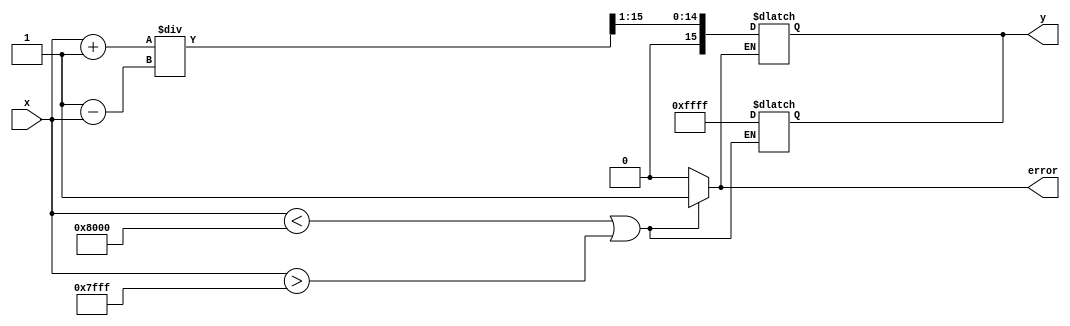
module atanh (
    input wire [15:0] x,      // Input value (fixed-point representation)
    output reg [15:0] y,      // Output value (fixed-point representation)
    output reg error          // Error flag for out-of-range input
);

    // Internal signals
    wire [15:0] one_plus_x;
    wire [15:0] one_minus_x;
    wire [15:0] z;            // z = (1 + x) / (1 - x)
    wire [15:0] ln_z;         // ln(z)
    wire [15:0] half_ln_z;    // (1/2) * ln(z)

    // Range check
    always @(*) begin
        if (x < 16'h8000 || x > 16'h7FFF) begin // Check if x is in (-1, 1)
            error = 1;
            y = 16'hFFFF; // Return NaN or predefined value
        end else begin
            error = 0;
        end
    end

    // Compute 1 + x and 1 - x
    assign one_plus_x = x + 16'h0001; // 1 + x
    assign one_minus_x = 16'h0001 - x; // 1 - x

    // Division: z = (1 + x) / (1 - x)
    // Note: This is a simple implementation; a proper divider should be used for production
    assign z = one_plus_x / one_minus_x;

    // Logarithm computation (placeholder)
    // You can replace this with a proper logarithm implementation
    // For simplicity, we will use a lookup table or a polynomial approximation
    function [15:0] log2;
        input [15:0] value;
        begin
            // Placeholder for logarithm calculation
            // Implement a proper logarithm function here
            log2 = value; // Replace with actual log calculation
        end
    endfunction

    // Compute ln(z)
    assign ln_z = log2(z);

    // Compute (1/2) * ln(z)
    assign half_ln_z = ln_z >> 1; // Right shift by 1 for fixed-point division by 2

    // Output the result
    always @(*) begin
        if (!error) begin
            y = half_ln_z;
        end
    end

endmodule